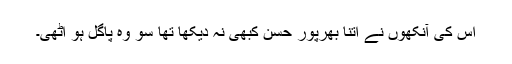
اس کی آنکھوں نے اتنا بھرپور حسن کبھی نہ دیکھا تھا سو وہ پاگل ہو اٹھی۔